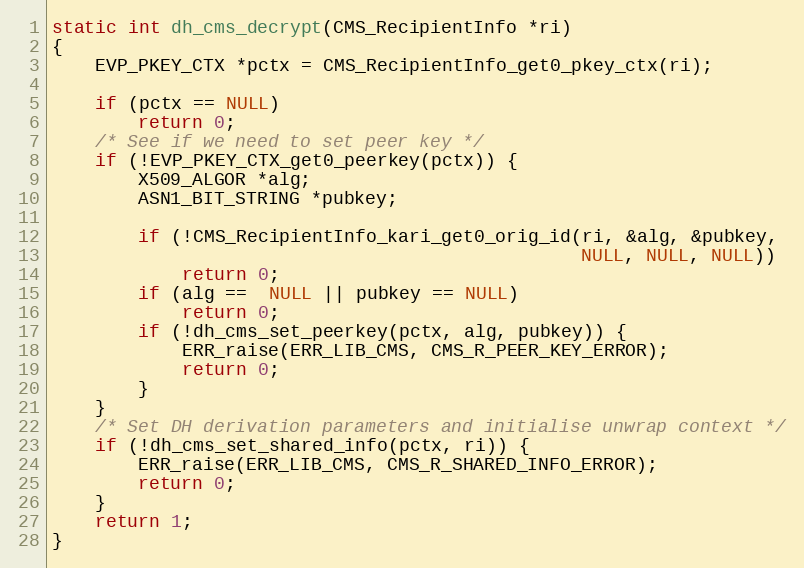
Language: C
static int dh_cms_decrypt(CMS_RecipientInfo *ri)
{
    EVP_PKEY_CTX *pctx = CMS_RecipientInfo_get0_pkey_ctx(ri);

    if (pctx == NULL)
        return 0;
    /* See if we need to set peer key */
    if (!EVP_PKEY_CTX_get0_peerkey(pctx)) {
        X509_ALGOR *alg;
        ASN1_BIT_STRING *pubkey;

        if (!CMS_RecipientInfo_kari_get0_orig_id(ri, &alg, &pubkey,
                                                 NULL, NULL, NULL))
            return 0;
        if (alg ==  NULL || pubkey == NULL)
            return 0;
        if (!dh_cms_set_peerkey(pctx, alg, pubkey)) {
            ERR_raise(ERR_LIB_CMS, CMS_R_PEER_KEY_ERROR);
            return 0;
        }
    }
    /* Set DH derivation parameters and initialise unwrap context */
    if (!dh_cms_set_shared_info(pctx, ri)) {
        ERR_raise(ERR_LIB_CMS, CMS_R_SHARED_INFO_ERROR);
        return 0;
    }
    return 1;
}